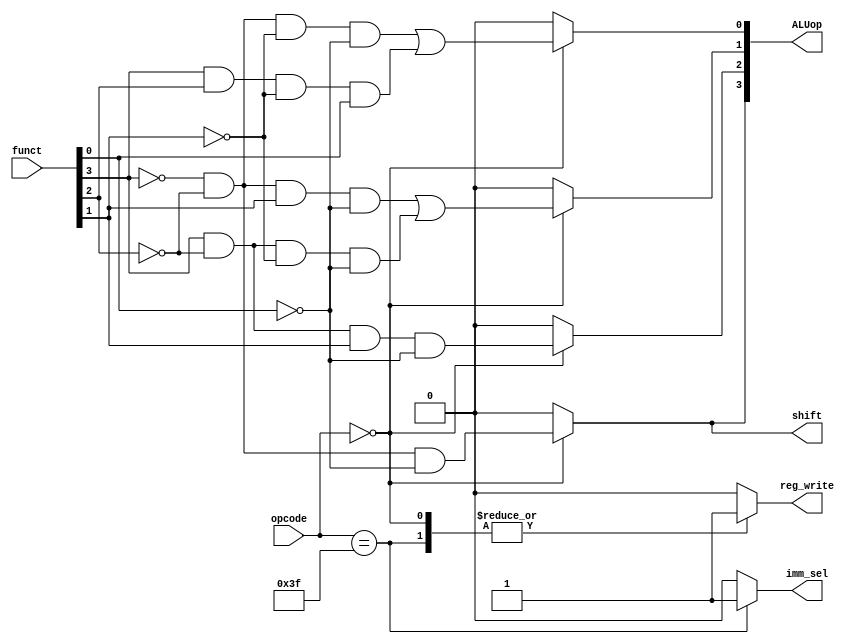
`timescale 1ns / 1ps
//////////////////////////////////////////////////////////////////////////////////
// Company: 
// Engineer: 
// 
// Design Name: 
// Module Name:    MainControl 
// Project Name: 
// Target Devices: 
// Tool versions: 
// Description: 
//
// Dependencies: 
//
// Revision: 
// Revision 0.01 - File Created
// Additional Comments: 
//
//////////////////////////////////////////////////////////////////////////////////
module MainControl(
	 input [5:0] opcode,
    input [3:0] funct,
    output reg reg_write,
	 output reg shift,
	 output reg imm_sel,
    output reg [3:0] ALUop
    );
always @ (*) begin
	case(opcode)
		6'b111111: begin 
			ALUop = 4'h0;
			reg_write = 1;
			shift = 0;
			imm_sel = 1;
		end
		6'b000000: begin
			reg_write = 1;
			imm_sel = 0;
			ALUop[0] = (~funct[3] & ~funct[2] & ~funct[1] & ~funct[0]) | (funct[3] & funct[2] & ~funct[1] & funct[0]);
			ALUop[1] = (~funct[3] & ~funct[2] & funct[1] & ~funct[0]) | (funct[3] & ~funct[2] & ~funct[1] & ~funct[0]);
			ALUop[2] = (funct[3] & ~funct[2] & funct[1] & ~funct[0]);
			ALUop[3] = (~funct[3] & ~funct[2] & ~funct[0]);
			shift = ALUop[3];
		end
		default : 	{ALUop, reg_write, shift, imm_sel} = 0;
	endcase
end
endmodule